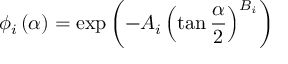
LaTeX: \phi _ { i } \left( \alpha \right) = \exp { \left( - A _ { i } \left( \tan { \frac { \alpha } { 2 } } \right) ^ { B _ { i } } \right) }